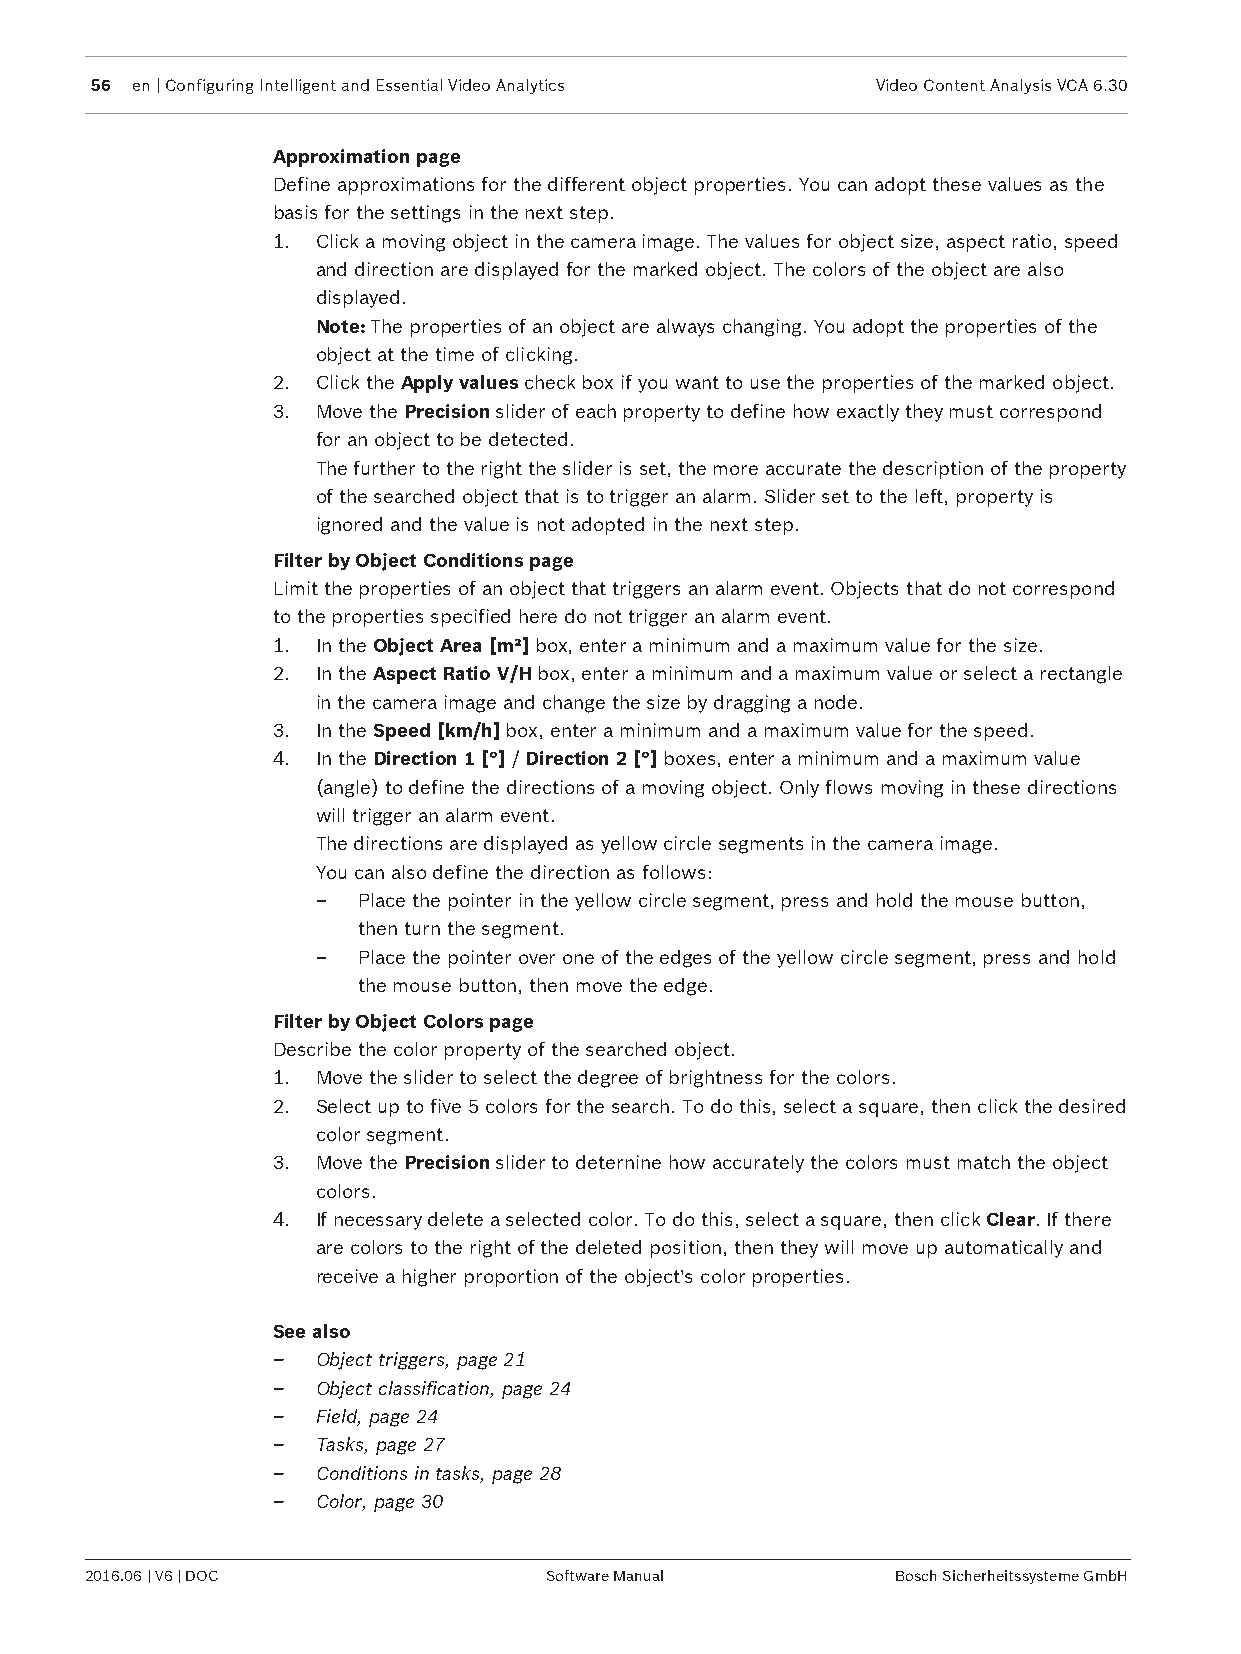
56 en | Configuring Intelligent and Essential Video Analytics Video Content Analysis VCA 6.30
 Approximation page
 Define approximations for the different object properties. You can adopt these values as the
 basis for the settings in the next step.
 1. Click a moving object in the camera image. The values for object size, aspect ratio, speed
 and direction are displayed for the marked object. The colors of the object are also
 displayed.
 Note: The properties of an object are always changing. You adopt the properties of the
 object at the time of clicking.
 2. Click the Apply values check box if you want to use the properties of the marked object.
 3. Move the Precision slider of each property to define how exactly they must correspond
 for an object to be detected.
 The further to the right the slider is set, the more accurate the description of the property
 of the searched object that is to trigger an alarm. Slider set to the left, property is
 ignored and the value is not adopted in the next step.
 Filter by Object Conditions page
 Limit the properties of an object that triggers an alarm event. Objects that do not correspond
 to the properties specified here do not trigger an alarm event.
 1. In the Object Area [m²] box, enter a minimum and a maximum value for the size.
 2. In the Aspect Ratio V/H box, enter a minimum and a maximum value or select a rectangle
 in the camera image and change the size by dragging a node.
 3. In the Speed [km/h] box, enter a minimum and a maximum value for the speed.
 4. In the Direction 1 [°] / Direction 2 [°] boxes, enter a minimum and a maximum value
 (angle) to define the directions of a moving object. Only flows moving in these directions
 will trigger an alarm event.
 The directions are displayed as yellow circle segments in the camera image.
 You can also define the direction as follows:
 –  Place the pointer in the yellow circle segment, press and hold the mouse button,
 then turn the segment.
 –  Place the pointer over one of the edges of the yellow circle segment, press and hold
 the mouse button, then move the edge.
 Filter by Object Colors page
 Describe the color property of the searched object.
 1. Move the slider to select the degree of brightness for the colors.
 2. Select up to five 5 colors for the search. To do this, select a square, then click the desired
 color segment.
 3. Move the Precision slider to deternine how accurately the colors must match the object
 colors.
 4. If necessary delete a selected color. To do this, select a square, then click Clear. If there
 are colors to the right of the deleted position, then they will move up automatically and
 receive a higher proportion of the object's color properties.
 See also
 –  Object triggers, page 21
 –  Object classification, page 24
 –  Field, page 24
 –  Tasks, page 27
 –  Conditions in tasks, page 28
 –  Color, page 30
 2016.06 | V6 | DOC            Software Manual        Bosch Sicherheitssysteme GmbH